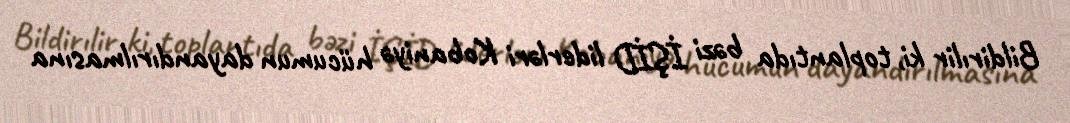
Bildirılir ki, toplantıda bəzi İŞİD liderləri Kobaniyə hücumun dayandırılmasına